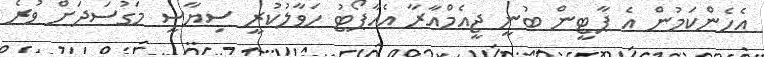
އެހެންކަމުން އެ ޕާޓީން ބުނީ ޖީއެމްއާރާ އެއާޕޯޓު ހަވާލުކުރީ ސިޔާސީ މަގުސަދަށް ވުރެ